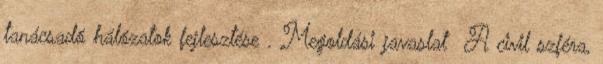
tanácsadó hálózatok fejlesztése . Megoldási javaslat ▪A civil szféra,